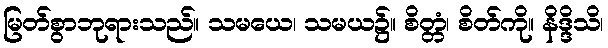
မြတ်စွာဘုရားသည်။ သမယေ၊ သမယ၌။ စိတ္တံ၊ စိတ်ကို။ နိဒ္ဒိသိ၊